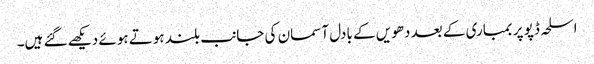
اسلحہ ڈپو پر بمباری کے بعد دھویں کے بادل آسمان کی جانب بلند ہوتے ہوئے دیکھے گئے ہیں۔